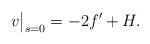
LaTeX: \begin{align*}v\big|_{s=0}= -2f' + H.\end{align*}